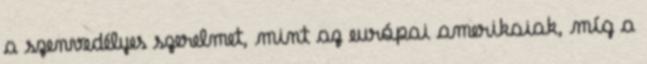
a szenvedélyes szerelmet, mint az európai amerikaiak, míg a